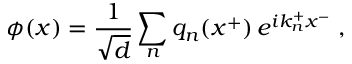
\phi \! \left( x \right) = { \frac { 1 } { \sqrt d } } \sum _ { n } q _ { n } ( x ^ { + } ) \, e ^ { i k _ { n } ^ { + } x ^ { - } } \; ,